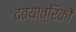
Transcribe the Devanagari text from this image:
दंतयांत्रिकों